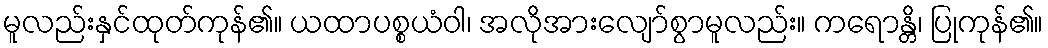
မူလည်းနှင်ထုတ်ကုန်၏။ ယထာပစ္စယံဝါ၊ အလိုအားလျော်စွာမူလည်း။ ကရောန္တိ၊ ပြုကုန်၏။